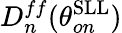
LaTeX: D_{n}^{ff}(\theta_{on}^{\mathrm{SLL}})